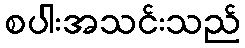
စပါးအသင်းသည်